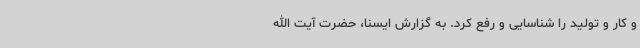
و کار و تولید را شناسایی و رفع کرد. به گزارش ایسنا، حضرت آیت الله